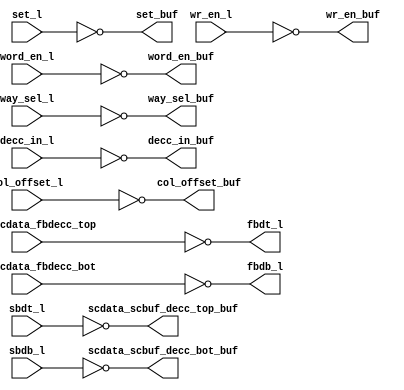
// ========== Copyright Header Begin ==========================================
// 
// OpenSPARC T1 Processor File: bw_r_l2d_rep_top.v
// Copyright (c) 2006 Sun Microsystems, Inc.  All Rights Reserved.
// DO NOT ALTER OR REMOVE COPYRIGHT NOTICES.
// 
// The above named program is free software; you can redistribute it and/or
// modify it under the terms of the GNU General Public
// License version 2 as published by the Free Software Foundation.
// 
// The above named program is distributed in the hope that it will be 
// useful, but WITHOUT ANY WARRANTY; without even the implied warranty of
// MERCHANTABILITY or FITNESS FOR A PARTICULAR PURPOSE.  See the GNU
// General Public License for more details.
// 
// You should have received a copy of the GNU General Public
// License along with this work; if not, write to the Free Software
// Foundation, Inc., 51 Franklin St, Fifth Floor, Boston, MA 02110-1301, USA.
// 
// ========== Copyright Header End ============================================
module bw_r_l2d_rep_top (/*AUTOARG*/
   // Outputs
   word_en_buf, col_offset_buf, set_buf, wr_en_buf, way_sel_buf, 
   decc_in_buf, fbdt_l, fbdb_l, scdata_scbuf_decc_top_buf, 
   scdata_scbuf_decc_bot_buf, 
   // Inputs
   word_en_l, col_offset_l, set_l, wr_en_l, way_sel_l, decc_in_l, 
   scbuf_scdata_fbdecc_top, scbuf_scdata_fbdecc_bot, sbdt_l, sbdb_l
   );

   input [3:0]     word_en_l;
   input 	   col_offset_l;
   input [9:0] 	   set_l;
   input 	   wr_en_l;
   input [11:0]    way_sel_l;
   input [155:0]   decc_in_l;
   input [155:0]   scbuf_scdata_fbdecc_top;
   input [155:0]   scbuf_scdata_fbdecc_bot;
   input [155:0]   sbdt_l;
   input [155:0]   sbdb_l;
   
   output [3:0]    word_en_buf;
   output 	   col_offset_buf;
   output [9:0]    set_buf;
   output 	   wr_en_buf;
   output [11:0]   way_sel_buf;
   output [155:0]  decc_in_buf;
   output [155:0]  fbdt_l;
   output [155:0]  fbdb_l;
   output [155:0]  scdata_scbuf_decc_top_buf;
   output [155:0]  scdata_scbuf_decc_bot_buf;
      
   ///////////////////////////////////////////////////////////////////////
   // Inverting Buffers
   ///////////////////////////////////////////////////////////////////////
   assign word_en_buf[3:0] = ~word_en_l[3:0];
   assign col_offset_buf = ~col_offset_l;
   assign set_buf[9:0] = ~set_l[9:0];
   assign wr_en_buf = ~wr_en_l;
   assign way_sel_buf[11:0] = ~way_sel_l[11:0];
   assign decc_in_buf[155:0] = ~decc_in_l[155:0];
   assign fbdt_l[155:0] = ~scbuf_scdata_fbdecc_top[155:0];
   assign fbdb_l[155:0] = ~scbuf_scdata_fbdecc_bot[155:0];
   assign scdata_scbuf_decc_top_buf[155:0] = ~sbdt_l[155:0];
   assign scdata_scbuf_decc_bot_buf[155:0] = ~sbdb_l[155:0];

endmodule // bw_r_l2d_rep_top